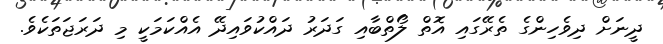
ދީނަށް ދިވެހިންގެ ތެރޭގައި އޮތް ލޯތްބާއި ގަދަރު ދައްކުވައިދޭ އެއްކަމަކީ މި ދަރަޖަތަކެވެ.